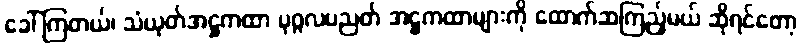
ခေါ်ကြတယ်၊ သံယုတ်အဋ္ဌကထာ ပုဂ္ဂလပညတ် အဋ္ဌကထာများကို ထောက်ဆကြည့်မယ် ဆိုရင်တော့